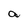
Character: a